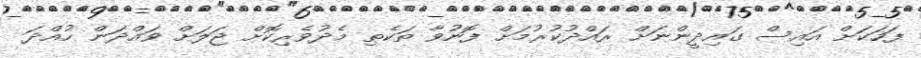
ފަހަކަށް އައިސް ގައިދީންނަށް ރައްދުކުރުމަށް ފޮނުވާ ތަކެތި މެދުވެރިކޮށް ޖަލަށް ވައްދަން ހުއްދަ